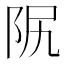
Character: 𨸰